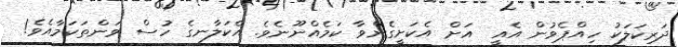
ދަރިކަލަކު ހިއްޕެވުން އެއީ  އަށް އެކަށީގެންވާ ކަމެއްނޫނެވެ. އެކަލާނގެ ހުސް ވަންތަކަމާއެވެ!